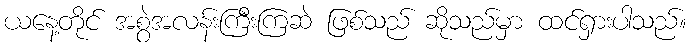
ယနေ့တိုင် အစွဲအလန်းကြီးကြဆဲ ဖြစ်သည် ဆိုသည်မှာ ထင်ရှားပါသည်။